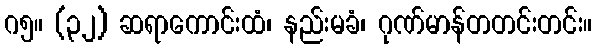
ဂ၅။ (၃၂) ဆရာကောင်းထံ၊ နည်းမခံ၊ ဂုဏ်မာန်တတင်းတင်း။